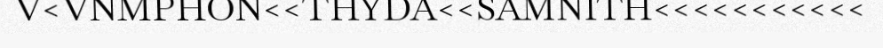
V<VNMPHON<<THYDA<<SAMNITH<<<<<<<<<<<